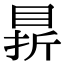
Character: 䁀